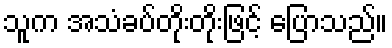
သူက အသံခပ်တိုးတိုးဖြင့် ပြောသည်။